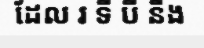
ដែល រ ទី បី នឹង